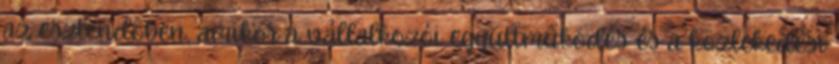
az esztendôben, amikor a vállalkozói együttmûködés és a közlekedési